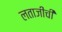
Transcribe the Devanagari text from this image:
लताजींची